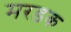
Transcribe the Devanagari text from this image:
मरडक